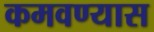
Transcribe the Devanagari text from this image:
कमवण्यास